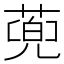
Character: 蔸